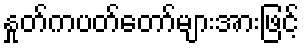
နှုတ်ကပတ်တော်များအားဖြင့်